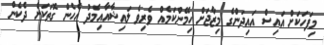
މިފަހަކަށް އައިސް އައިދަންގެ މިޒާޖަށް ހިމޭންކަމެއް ވެރިވެ ލައިޝާއާއިމެދު އެހެން ގޮތަކަށް ދެކެން